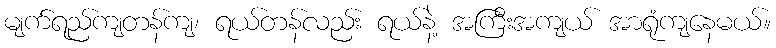
မျက်ရည်ကျတန်ကျ၊ ရယ်တန်လည်း ရယ်နဲ့ အကြီးအကျယ် အာရုံကျနေမယ်။